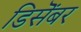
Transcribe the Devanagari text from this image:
डिसॆंबर